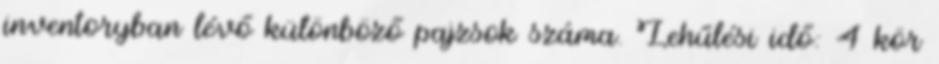
inventoryban lévő különböző pajzsok száma. Lehűlési idő: 4 kör